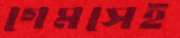
গেমসেই